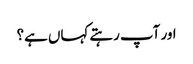
اور آپ رہتے کہاں ہے؟